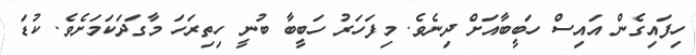
ހިފައިގެން އައިސް ހަބީބާއަށް ދިނެވެ. މިފަހަރު ހަބީބާ ބުނީ ހިތިރަހަ މާގަދަކަމަށެވެ. ކުޑަ